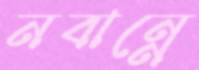
নবান্নে